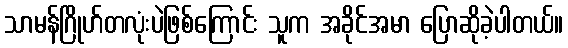
သာမန်ဂြိုဟ်တလုံးပဲဖြစ်ကြောင်း သူက အခိုင်အမာ ပြောဆိုခဲ့ပါတယ်။